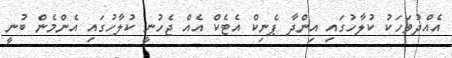
އެއްދުވަހަކު ކުލާހުގައި އިންދާ ޕެނިކް އެޓެކް އެއް ޖެހުނީ ކުލާހުގައި އެންމެން ބުނީ